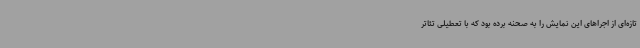
تازه‌ای از اجراهای این نمایش را به صحنه برده بود که با تعطیلی تئاتر